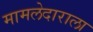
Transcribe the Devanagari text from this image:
मामलेदाराला